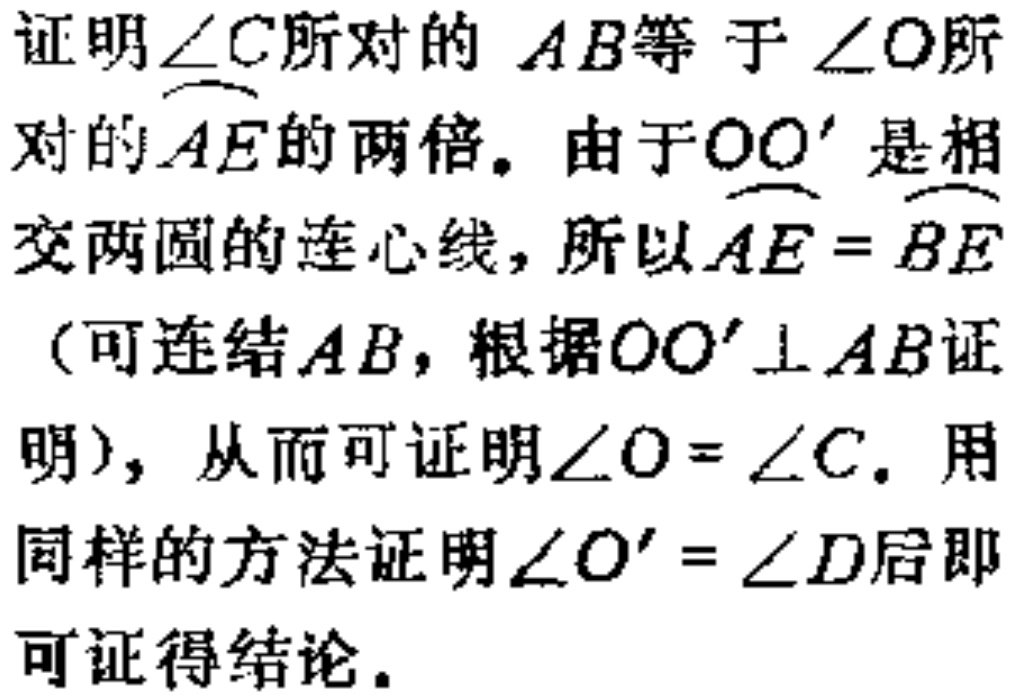
证明\(\angle C\)所对的\(AB\)等于\(\angle O\)所对的\(\overset{\frown}{AE}\)的两倍。由于\(OO'\)是相交两圆的连心线，所以\(\overset{\frown}{AE}=\overset{\frown}{BE}\)（可连结\(AB\)，根据\(OO'\perp AB\)证明），从而可证明\(\angle O = \angle C\)。用同样的方法证明\(\angle O' = \angle D\)后即可证得结论。